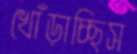
খোঁড়াচ্ছিস